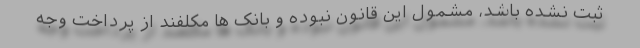
ثبت نشده باشد، مشمول این قانون نبوده و بانک ها مکلفند از پرداخت وجه